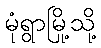
မုံရွာမြို့သို့